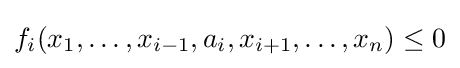
f_{i}(x_{1},\ldots ,x_{i-1},a_{i},x_{i+1},\ldots ,x_{n})\leq 0